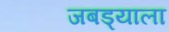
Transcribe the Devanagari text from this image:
जबड्याला